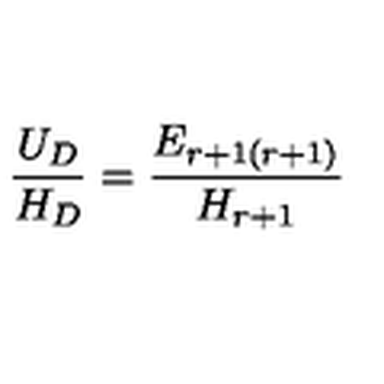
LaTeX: { \frac { U _ { D } } { H _ { D } } } = { \frac { E _ { r + 1 ( r + 1 ) } } { H _ { r + 1 } } }